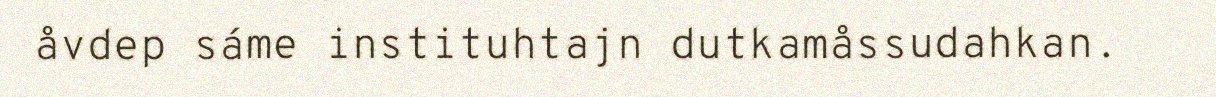
åvdep sáme instituhtajn dutkamåssudahkan.